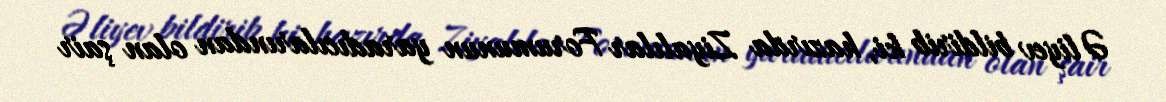
Əliyev bildirib ki, hazırda Ziyalılar Forumunun yaradıcılarından olan şair